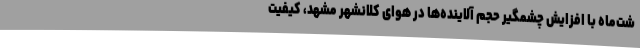
شت‌ماه با افزایش چشمگیر حجم آلاینده‌ها در هوای کلانشهر مشهد، کیفیت